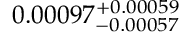
0 . 0 0 0 9 7 _ { - 0 . 0 0 0 5 7 } ^ { + 0 . 0 0 0 5 9 }